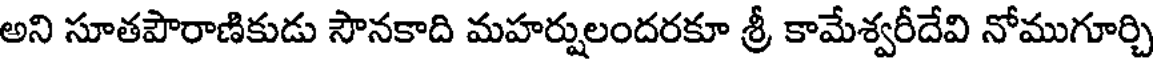
అని సూతపౌరాణికుడు సౌనకాది మహర్షులందరకూ శ్రీ కామేశ్వరీదేవి నోముగూర్చి